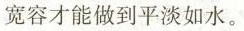
宽容才能做到平淡如水。